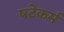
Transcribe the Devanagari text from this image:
षटेकर्म